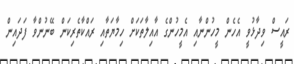
ރައީސް ވިދާޅުވީ އެހެން މީހުންނާއި އެމީހުންގެ އާއިލާތަކަށް ހިމާޔަތާއި ރައްކާތެރިކަން ބޭނުންވާ ފަދައިން